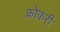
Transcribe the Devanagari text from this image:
क्रोकरी